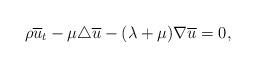
LaTeX: \begin{align*}\rho \overline{u}_t-\mu\triangle \overline{u}-(\lambda+\mu) \nabla \overline{u}=0,\end{align*}